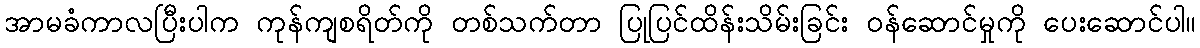
အာမခံကာလပြီးပါက ကုန်ကျစရိတ်ကို တစ်သက်တာ ပြုပြင်ထိန်းသိမ်းခြင်း ဝန်ဆောင်မှုကို ပေးဆောင်ပါ။